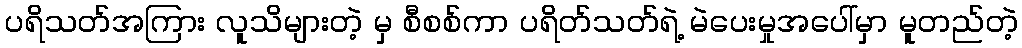
ပရိသတ်အကြား လူသိများတဲ့ မှ စီစစ်ကာ ပရိတ်သတ်ရဲ့ မဲပေးမှုအပေါ်မှာ မူတည်တဲ့